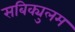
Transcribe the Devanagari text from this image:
सबिक्युलम